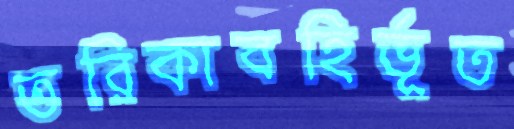
তরিকাবহির্ভূত